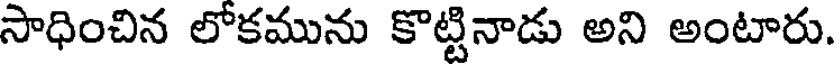
సాధించిన లోకమును కొట్టినాడు అని అంటారు.